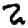
Digit: 2